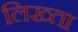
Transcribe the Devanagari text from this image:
लिख्ता